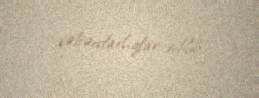
xəbərdarlıqlar edilib.